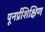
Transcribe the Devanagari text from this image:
पूनर्प्रशिक्षिण